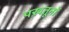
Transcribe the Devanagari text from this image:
पख़तूनों